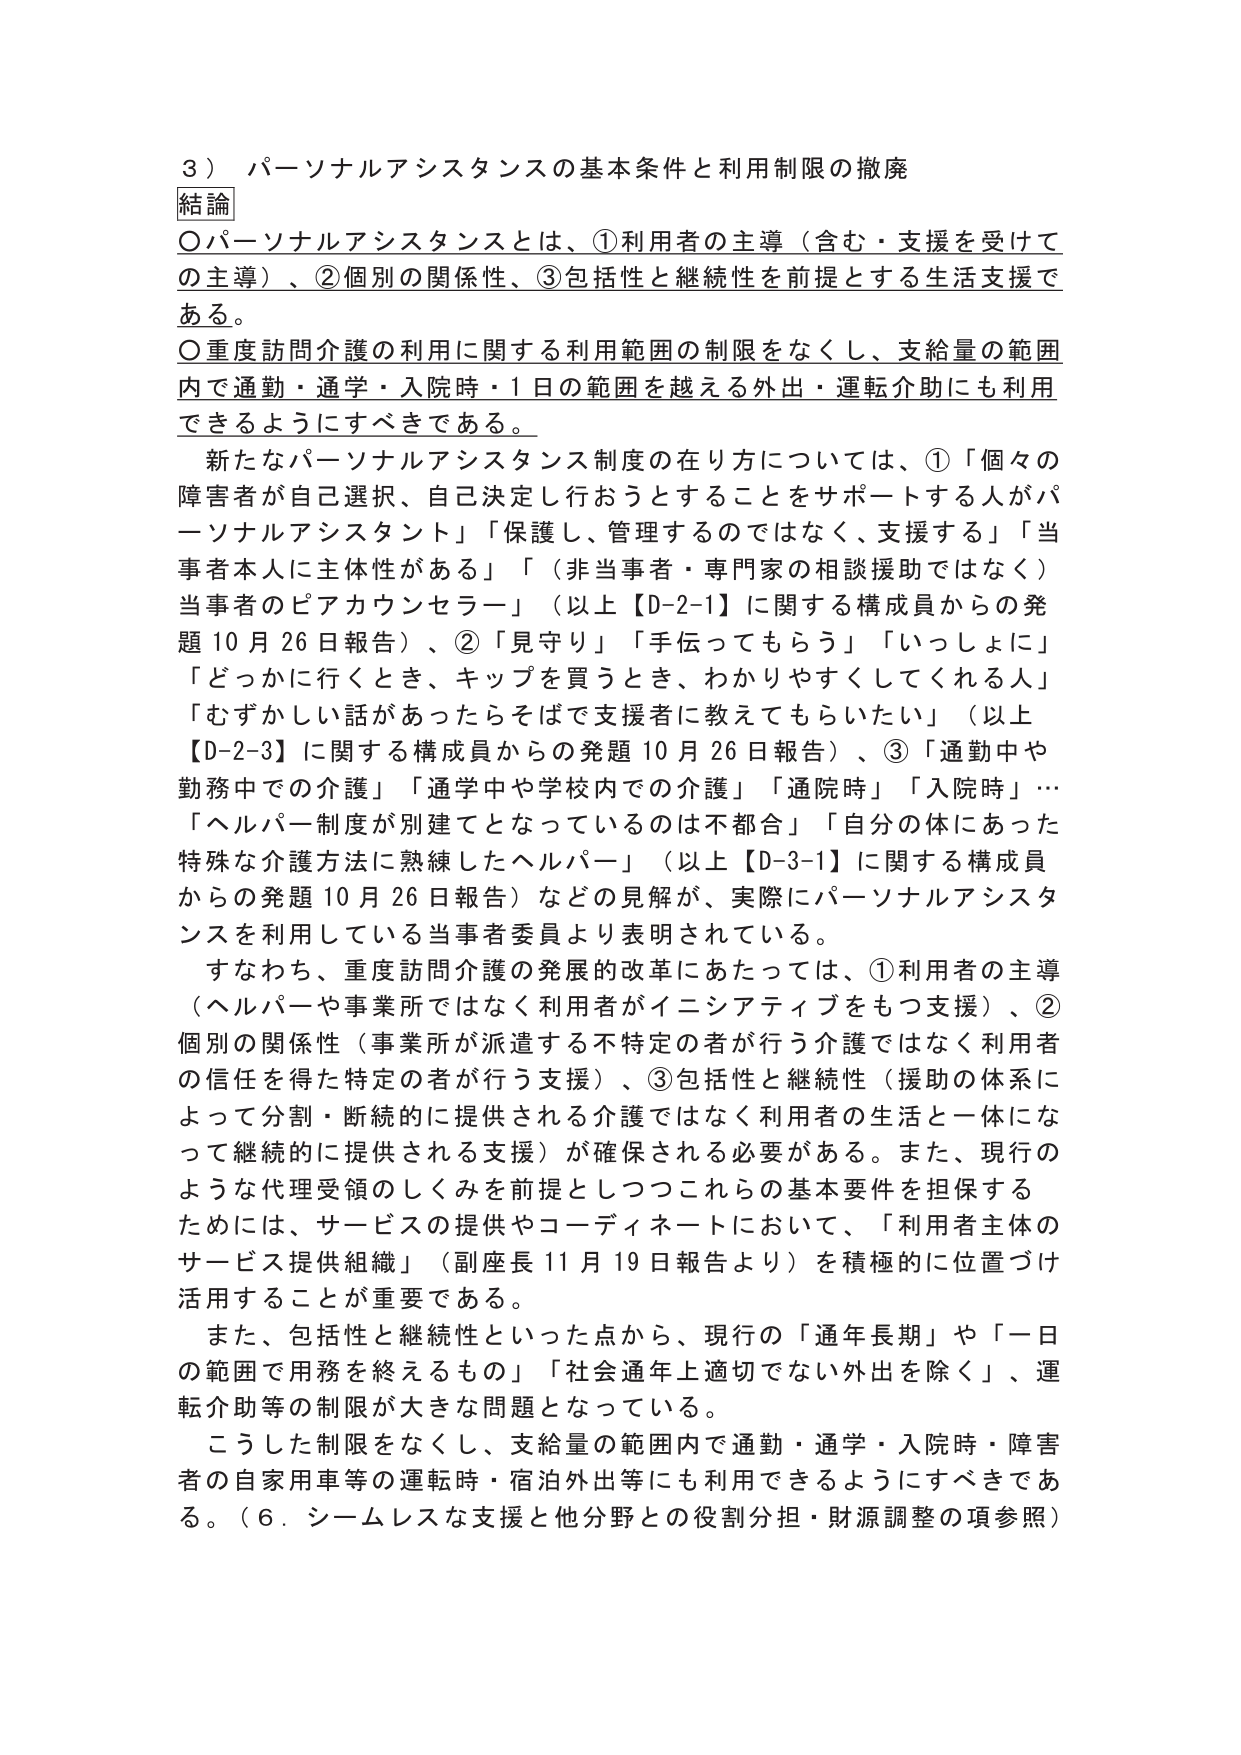
３）パーソナルアシスタンスの基本条件と利用制限の撤廃
結論
〇パーソナルアシスタンスとは、①利用者の主導（含む・支援を受けての主導）、②個別の関係性、③包括性と継続性を前提とする生活支援である。
〇重度訪問介護の利用に関する利用範囲の制限をなくし、支給量の範囲内で通勤・通学・入院時・1日の範囲を越える外出・運転介助にも利用できるようにすべきである。
　新たなパーソナルアシスタンス制度の在り方については、①「個々の障害者が自己選択、自己決定し行おうとすることをサポートする人がパーソナルアシスタント」「保護し、管理するのではなく、支援する」「当事者本人に主体性がある」「（非当事者・専門家の相談援助ではなく）当事者のピアカウンセラー」（以上【D-2-1】に関する構成員からの発題10月26日報告）、②「見守り」「手伝ってもらう」「いっしょに」「どこかに行くとき、キップを買うとき、わかりやすくしてくれる人」「むずかしい話があったらそばで支援者に教えてもらいたい」（以上【D-2-3】に関する構成員からの発題10月26日報告）、③「通勤中や勤務中での介護」「通学中や学校内での介護」「通院時」「入院時」…「ヘルパー制度が別建てとなっているのは不都合」「自分の体にあった特殊な介護方法に熟練したヘルパー」（以上【D-3-1】に関する構成員からの発題10月26日報告）などの見解が、実際にパーソナルアシスタンスを利用している当事者委員より表明されている。
　すなわち、重度訪問介護の発展的改革にあたっては、①利用者の主導（ヘルパーや事業所ではなく利用者がイニシアティブをもつ支援）、②個別の関係性（事業所が派遣する不特定の者が行う介護ではなく利用者の信頼を得た特定の者が行う支援）、③包括性と継続性（援助の体系によって分割・断続的に提供される介護ではなく利用者の生活と一体になって継続的に提供される支援）が確保される必要がある。また、現行のような代理受領のしくみを前提としつつこれらの基本要件を担保するためには、サービスの提供やコーディネートにおいて、「利用者主体のサービス提供組織」（副座長11月19日報告より）を積極的に位置づけ活用することが重要である。
　また、包括性と継続性といった点から、現行の「通年長期」や「一日の範囲で用務を終えるもの」「社会通年上適切でない外出を除く」、運転介助等の制限が大きな問題となっている。
　こうした制限をなくし、支給量の範囲内で通勤・通学・入院時・障害者の自家用車等の運転時・宿泊外出等にも利用できるようにすべきである。（6．シームレスな支援と他分野との役割分担・財源調整の項参照）